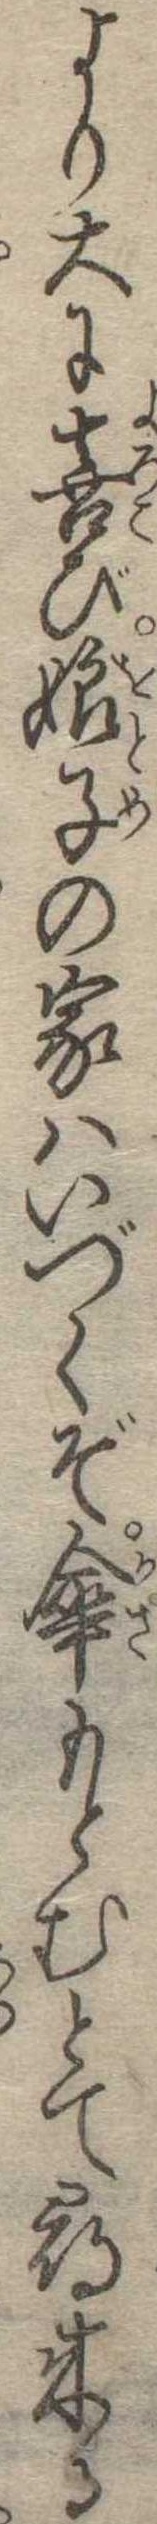
より大に喜び娘子の家はいづくぞ傘もとむとて尋来る